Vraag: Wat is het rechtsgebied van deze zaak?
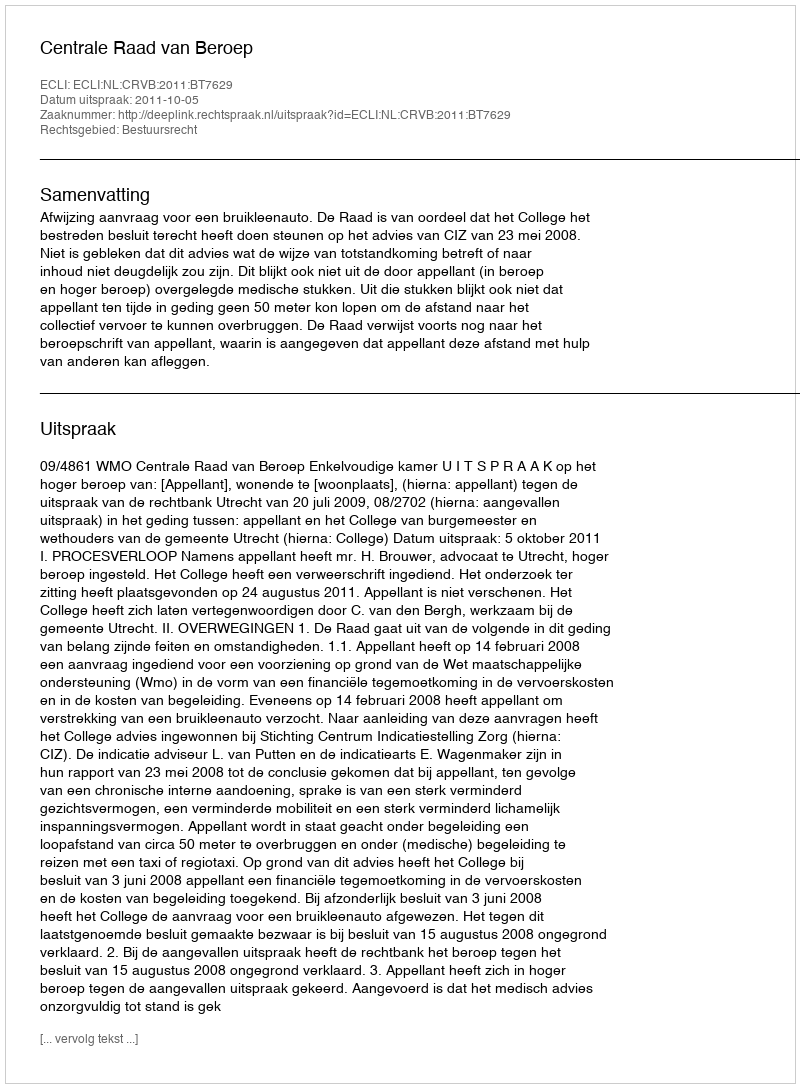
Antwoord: Bestuursrecht